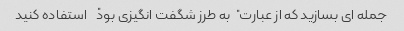
جمله ای بسازید که از عبارت "به طرز شگفت انگیزی بود" استفاده کنید